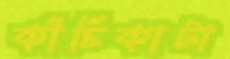
কাঁচিকাটা